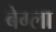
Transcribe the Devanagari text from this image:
बेग्ला